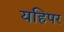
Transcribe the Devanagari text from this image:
यहिपर